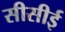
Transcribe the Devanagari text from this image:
सीसीई